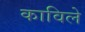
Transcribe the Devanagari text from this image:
काविले